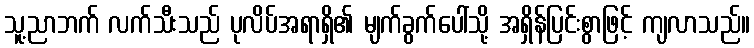
သူ့ညာဘက် လက်သီးသည် ပုလိပ်အရာရှိ၏ မျက်ခွက်ပေါ်သို့ အရှိန်ပြင်းစွာဖြင့် ကျလာသည်။